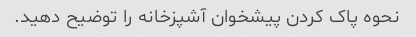
نحوه پاک کردن پیشخوان آشپزخانه را توضیح دهید.